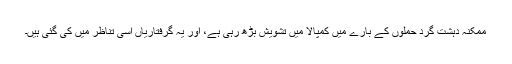
ممکنہ دہشت گرد حملوں کے بارے میں کمپالا میں تشویش بڑھ رہی ہے، اور یہ گرفتاریاں اُسی تناظر میں کی گئی ہیں۔